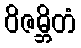
ဝိဇမ္ဘိတံ